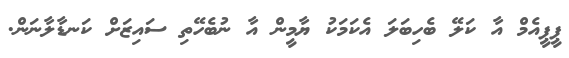
ޕީޕީއެމް އާ ކަލޭ ބެހިބަލަ އެކަމަކު ޔާމީން އާ ނުބެހޭތި ސައިޒަށް ކަނޑާލާނަން.